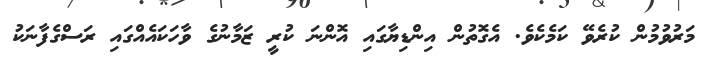
މަރުވުމުން ކުރެވޭ ކަމެކެވެ. އެގޮތުން އިންޑިޔާގައި އޮންނަ ކުރީ ޒަމާނުގެ ވާހަކައެއްގައި ރަސްގެފާނަކު